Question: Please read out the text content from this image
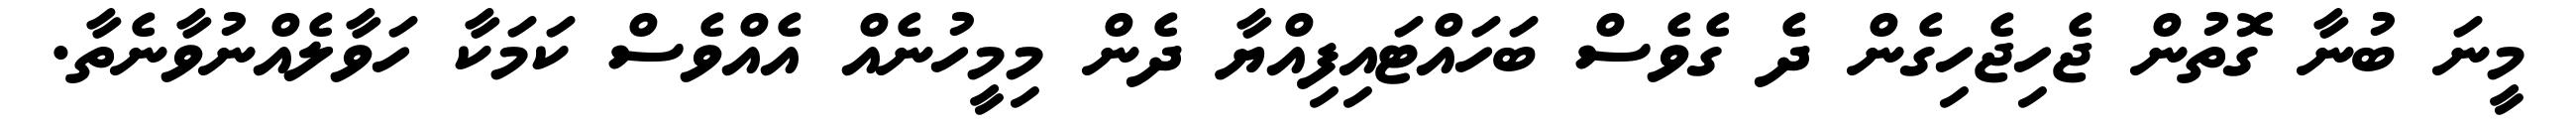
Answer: މީނަ ބުނާ ގޮތުން ޖެހިޖެހިގެން ދެ ގެވެސް ބަހައްޓައިފިއްޔާ ދެން މިމީހުނެއް އެއްވެސް ކަމަކާ ހަވާލެއްނުވާނެތާ.